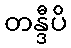
တန္ဒီပိ